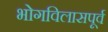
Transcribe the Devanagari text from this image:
भोगविलासपूर्व